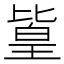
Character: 𪟫